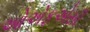
ઓએફએસી